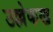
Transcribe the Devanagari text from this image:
उल्लेकख